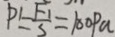
P ^ { \prime } = \frac { F _ { 1 } } { S } = 1 0 0 P a